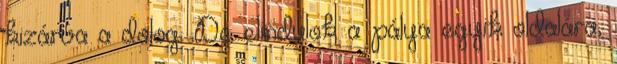
kizárva a dolog. De elindulok a pálya egyik oldalára,